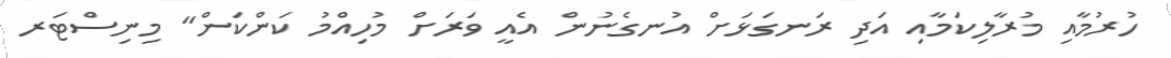
ހުރުމާއި މުރާލިކަމާއި އަދި ރަނގަޅަށް އުނގެނުން އެއީ ވަރަށް މުހިއްމު ކަންކަން" މިނިސްޓަރ